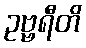
ဥဗ္ဗရီတိ